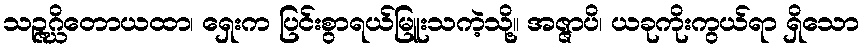
သဉ္ဇဂ္ဃိတောယထာ၊ ရှေးက ပြင်းစွာရယ်မြူးသကဲ့သို့။ အဇ္ဇာပိ၊ ယခုကိုးကွယ်ရာ ရှိသော